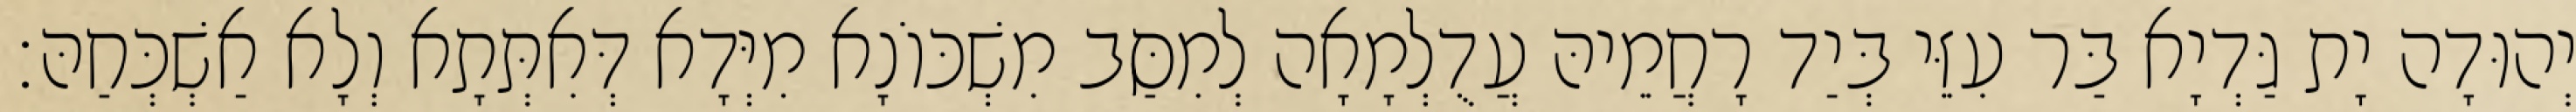
יְהוּדָה יָת גַּדְיָא בַּר עִזֵּי בְּיַד רָחֲמֵיהּ עֲדֻלְמָאָה לְמִסַּב מִשְׁכּוֹנָא מִיְּדָא דְּאִתְּתָא וְלָא אַשְׁכְּחַהּ׃